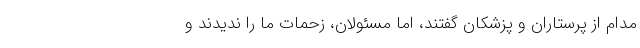
مدام از پرستاران و پزشکان گفتند، اما مسئولان، زحمات ما را ندیدند و